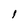
Character: 1